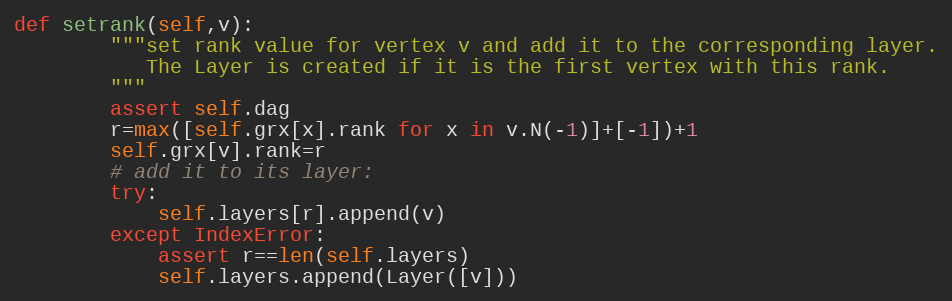
Language: Python
def setrank(self,v):
        """set rank value for vertex v and add it to the corresponding layer.
           The Layer is created if it is the first vertex with this rank.
        """
        assert self.dag
        r=max([self.grx[x].rank for x in v.N(-1)]+[-1])+1
        self.grx[v].rank=r
        # add it to its layer:
        try:
            self.layers[r].append(v)
        except IndexError:
            assert r==len(self.layers)
            self.layers.append(Layer([v]))